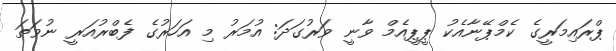
ޕްރައިމަރީގެ ކެމްޕޭނާއެކު ޕީޕީއެމް ވާނީ ވަރުގަދަ: އުމަރު މި އަހަރުގެ ފެބްރުއަރީ ނުވަތަ